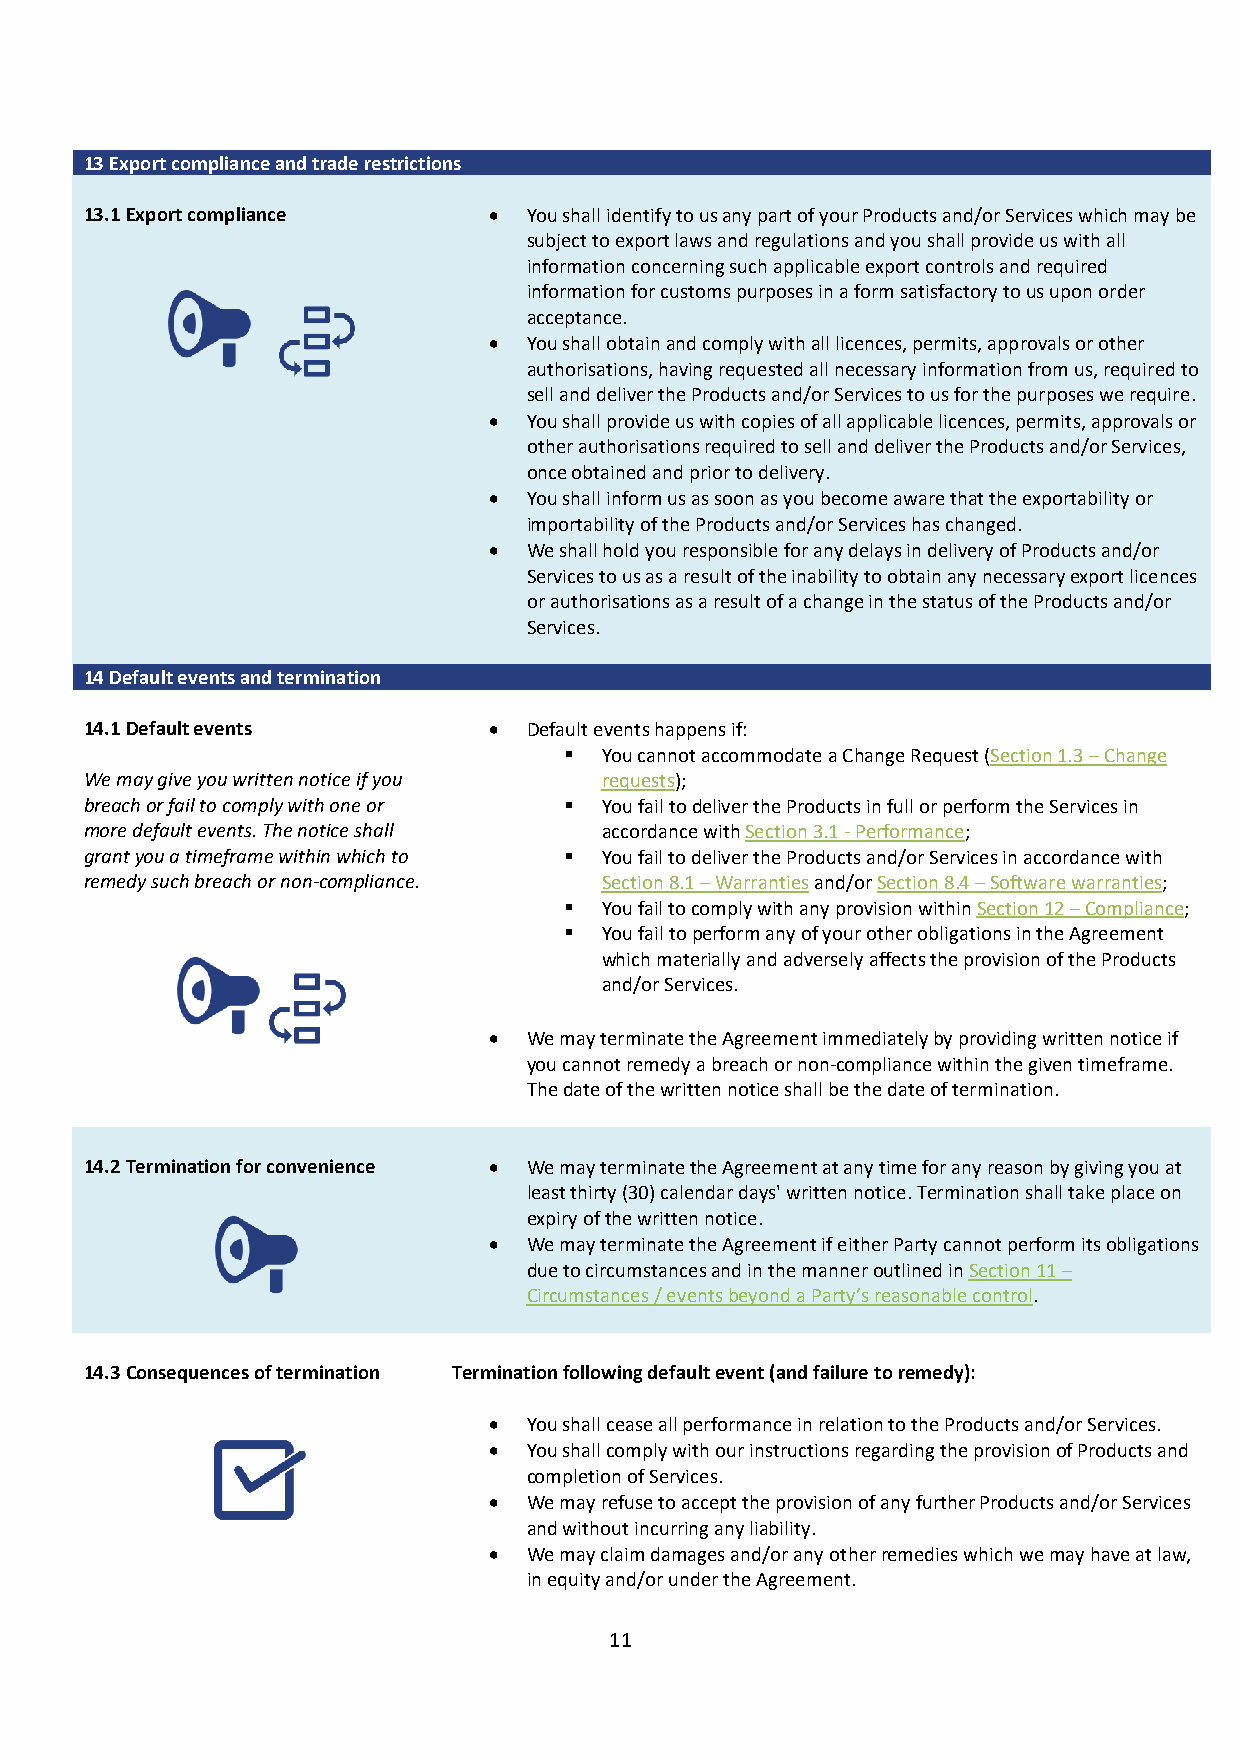
13 Export compliance and trade restrictions
 13.1 Export compliance    •  You shall identify to us any part of your Products and/or Services which may be
 subject to export laws and regulations and you shall provide us with all
 information concerning such applicable export controls and required
 information for customs purposes in a form satisfactory to us upon order
 acceptance.
 •  You shall obtain and comply with all licences, permits, approvals or other
 authorisations, having requested all necessary information from us, required to
 sell and deliver the Products and/or Services to us for the purposes we require.
 •  You shall provide us with copies of all applicable licences, permits, approvals or
 other authorisations required to sell and deliver the Products and/or Services,
 once obtained and prior to delivery.
 •  You shall inform us as soon as you become aware that the exportability or
 importability of the Products and/or Services has changed.
 •  We shall hold you responsible for any delays in delivery of Products and/or
 Services to us as a result of the inability to obtain any necessary export licences
 or authorisations as a result of a change in the status of the Products and/or
 Services.
 14 Default events and termination
 14.1 Default events       •  Default events happens if:
   You cannot accommodate a Change Request (Section 1.3 – Change
 We may give you written notice if you requests);
 breach or fail to comply with one or  You fail to deliver the Products in full or perform the Services in
 more default events. The notice shall accordance with Section 3.1 - Performance;
 grant you a timeframe within which to  You fail to deliver the Products and/or Services in accordance with
 remedy such breach or non-compliance. Section 8.1 – Warranties and/or Section 8.4 – Software warranties;
   You fail to comply with any provision within Section 12 – Compliance;
   You fail to perform any of your other obligations in the Agreement
 which materially and adversely affects the provision of the Products
 and/or Services.
 •  We may terminate the Agreement immediately by providing written notice if
 you cannot remedy a breach or non-compliance within the given timeframe.
 The date of the written notice shall be the date of termination.
 14.2 Termination for convenience • We may terminate the Agreement at any time for any reason by giving you at
 least thirty (30) calendar days' written notice. Termination shall take place on
 expiry of the written notice.
 •  We may terminate the Agreement if either Party cannot perform its obligations
 due to circumstances and in the manner outlined in Section 11 –
 Circumstances / events beyond a Party’s reasonable control.
 14.3 Consequences of termination Termination following default event (and failure to remedy):
 •  You shall cease all performance in relation to the Products and/or Services.
 •  You shall comply with our instructions regarding the provision of Products and
 completion of Services.
 •  We may refuse to accept the provision of any further Products and/or Services
 and without incurring any liability.
 •  We may claim damages and/or any other remedies which we may have at law,
 in equity and/or under the Agreement.
 11